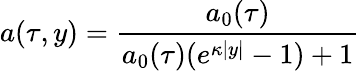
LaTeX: a(\tau,y)=\frac{a_{0}(\tau)}{a_{0}(\tau)(e^{\kappa|y|}-1)+1}